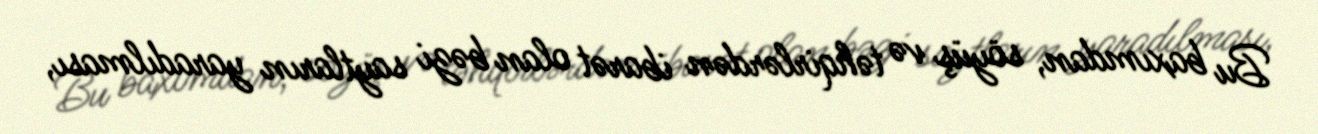
Bu baxımdan, söyüş və təhqirlərdən ibarət olan bəzi saytların yaradılması,